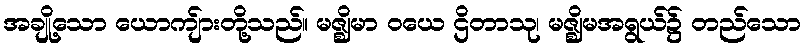
အချို့သော ယောကျ်ားတို့သည်။ မဇ္ဈိမာ ဝယေ ဌိတာသု၊ မဇ္ဈိမအရွယ်၌ တည်သော